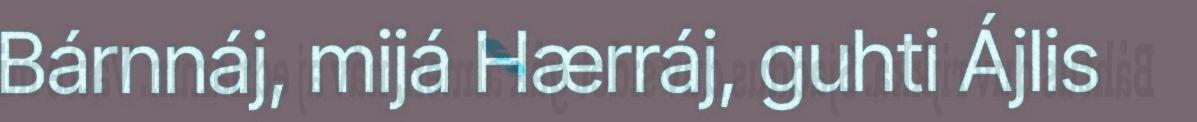
Bárnnáj, mijá Hærráj, guhti Ájlis